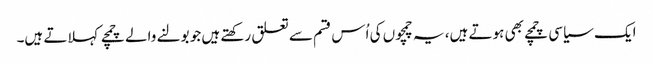
ایک سیاسی چمچے بھی ہوتے ہیں، یہ چمچوں کی اُس قسم سے تعلق رکھتے ہیں جو بولنے والے چمچے کہلاتے ہیں۔